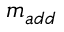
m _ { a d d }